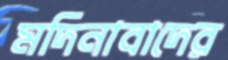
মদিনাবাদের